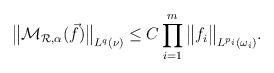
LaTeX: \begin{align*}{\big\|\mathcal{M}_{\mathcal{R},\alpha}(\vec{f})\big\|}_{L^q({\nu})} \leq C\prod_{i = 1}^m{\big\|f_i\big\|}_{L^{p_i}(\omega_i)}.\end{align*}